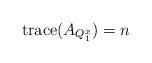
LaTeX: \begin{align*}\mathrm{trace}(A_{Q_{1}^{x}})=n\end{align*}